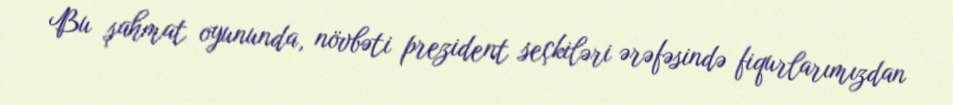
Bu şahmat oyununda, növbəti prezident seçkiləri ərəfəsində fiqurlarımızdan